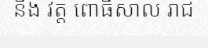
និង វត្ត ពោធិសាល រាជ